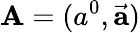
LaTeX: \mathbf{A}=(a^{0},{\vec{\mathbf{a}}})